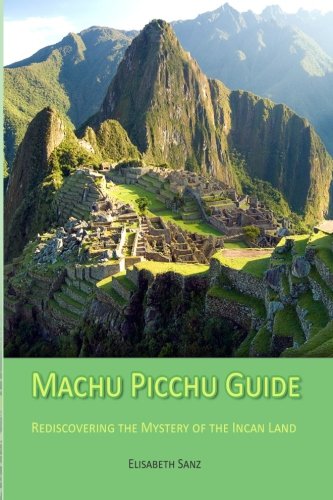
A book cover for Machu Picchu Guide; Elisabeth Sanz; Travel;